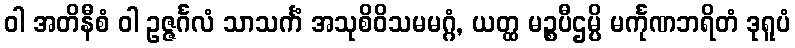
ဝါ အတိနီစံ ဝါ ဥဇ္ဇင်္ဂလံ သာသင်္ကံ အသုစိဝိသမမဂ္ဂံ, ယတ္ထ မဉ္စပီဌမ္ပိ မင်္ကုဏဘရိတံ ဒုရူပံ